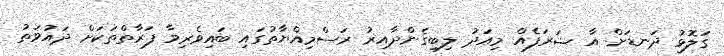
ގަލޮޅު ދަނޑަށް އާ ޝަރަފެއް މިއަދު ލިބިގެންދާއިރު ރަސްމިއްޔާތުގައި ބައިވެރިވާ ފަރާތްތަކަށް ދައުވަތު